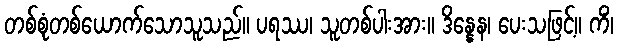
တစ်စုံတစ်ယောက်သောသူသည်။ ပရဿ၊ သူတစ်ပါးအား။ ဒိန္နေန၊ ပေးသဖြင့်။ ကိံ၊